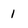
Character: 1